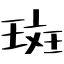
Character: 斑